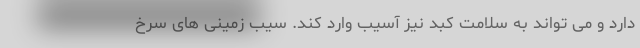
دارد و می تواند به سلامت کبد نیز آسیب وارد کند. سیب زمینی های سرخ